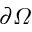
\partial \varOmega